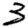
Digit: 3